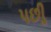
પછીૢ